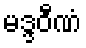
မဒ္ဒဝီဏံ